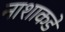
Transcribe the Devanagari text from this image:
नाशाकडे